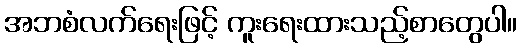
အဘစံလက်ရေးဖြင့် ကူးရေးထားသည့်စာတွေပါ။